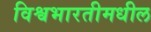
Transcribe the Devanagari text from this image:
विश्वभारतीमधील